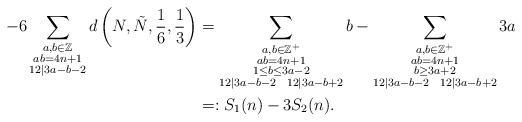
\begin{align*}-6\sum_{\substack{a,b\in \mathbb{Z}\\ab=4n+1\\12|3a-b-2}} d\left(N,\tilde{N}, \frac{1}{6}, \frac{1}{3}\right) &=\sum_{\substack{a,b\in\mathbb{Z}^+\\ ab=4n+1\\ 1\leq b\leq 3a-2\\ 12|3a-b-2 \ \ 12|3a-b+2}} b - \sum_{\substack{ a,b\in\mathbb{Z}^+\\ab=4n+1\\ b\geq 3a+2\\ 12|3a-b-2\ \ 12|3a-b+2}} 3a \\& =:S_1(n)-3S_2(n). \end{align*}